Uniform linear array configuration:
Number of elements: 48
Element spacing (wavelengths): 1
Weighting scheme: hann
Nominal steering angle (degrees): -45
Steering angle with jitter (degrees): -45.574
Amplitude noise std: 0.05
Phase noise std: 0.05

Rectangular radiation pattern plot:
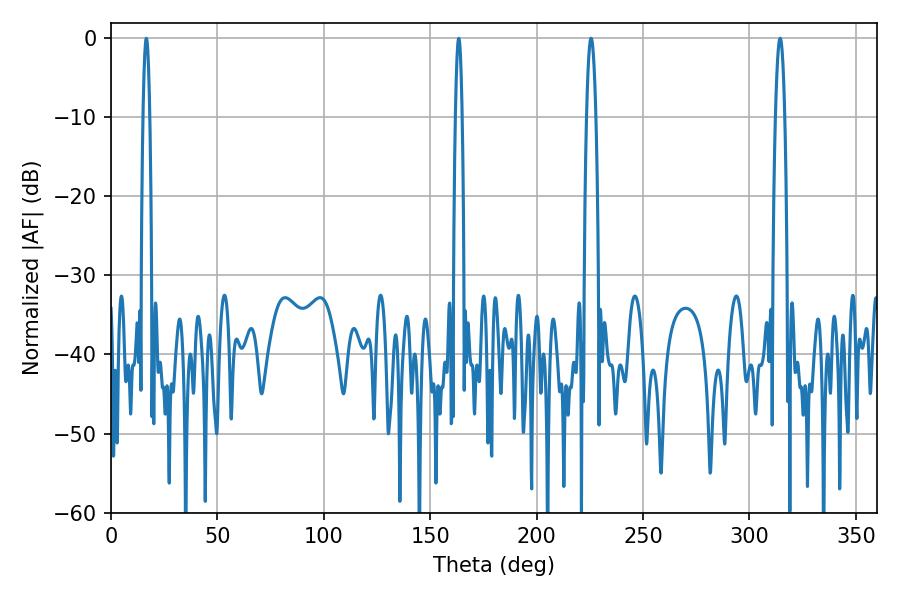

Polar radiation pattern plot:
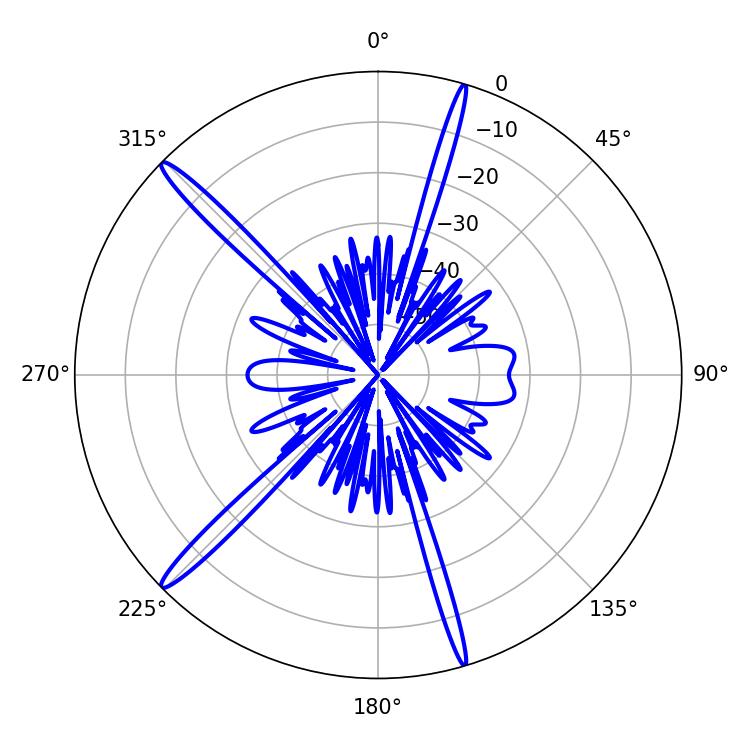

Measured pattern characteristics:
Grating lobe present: TRUE
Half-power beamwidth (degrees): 2.34
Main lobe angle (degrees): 225.54